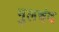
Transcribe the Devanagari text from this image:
मुलचंद